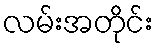
လမ်းအတိုင်း